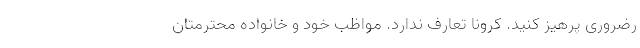
رضروری پرهیز کنید. کرونا تعارف ندارد. مواظب خود و خانواده محترمتان